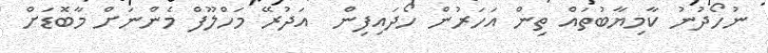
ނުހޯދުނު ކާމިޔާބުތައް ތިން އަހަރުން ހޯދައިފިން  އަދުރޭ މަހްލޫފް މެންނަށް މާބޮޑަށް